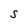
Character: S